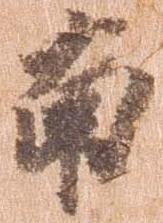
南